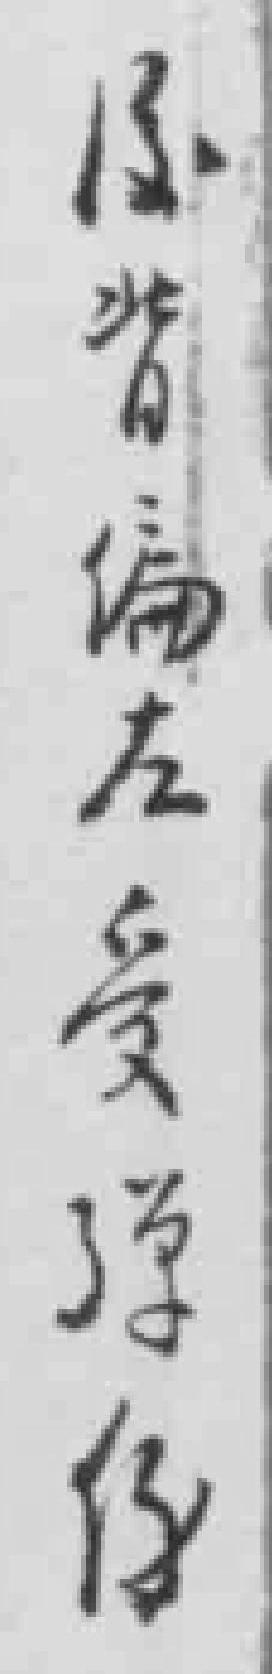
*背偏左受弹傷